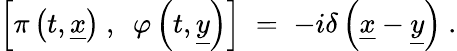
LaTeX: \left[\pi\left(t,\underline{{{x}}}\right)~,~~\varphi\left(t,\underline{{{y}}}\right)\right]\; =\; -i\delta\left(\underline{{{x}}}-\underline{{{y}}}\right)~.